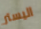
اليستر